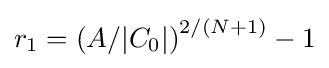
r_{1}=\left(A/|C_{0}|\right)^{2/(N+1)}-1